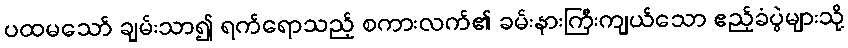
ပထမသော် ချမ်းသာ၍ ရက်ရောသည့် စကားလက်၏ ခမ်းနားကြီးကျယ်သော ဧည့်ခံပွဲများသို့